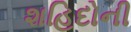
શહિદોની